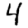
Digit: 4